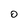
Character: 0